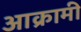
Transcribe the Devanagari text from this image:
आक्रामी